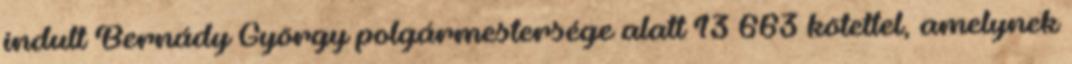
indult Bernády György polgármestersége alatt 13 663 kötettel, amelynek